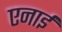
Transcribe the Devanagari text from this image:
एनाई